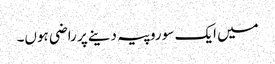
میں ایک سو روپیہ دینے پر راضی ہوں۔